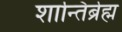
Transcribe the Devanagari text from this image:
शान्तिर्ब्रह्म